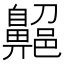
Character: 𪖱